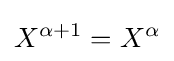
X^{\alpha +1}=X^{\alpha }